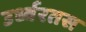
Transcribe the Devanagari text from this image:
उर्ध्वरतस